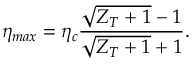
\eta _ { m a x } = \eta _ { c } \frac { \sqrt { Z _ { T } + 1 } - 1 } { \sqrt { Z _ { T } + 1 } + 1 } .